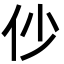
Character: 仯